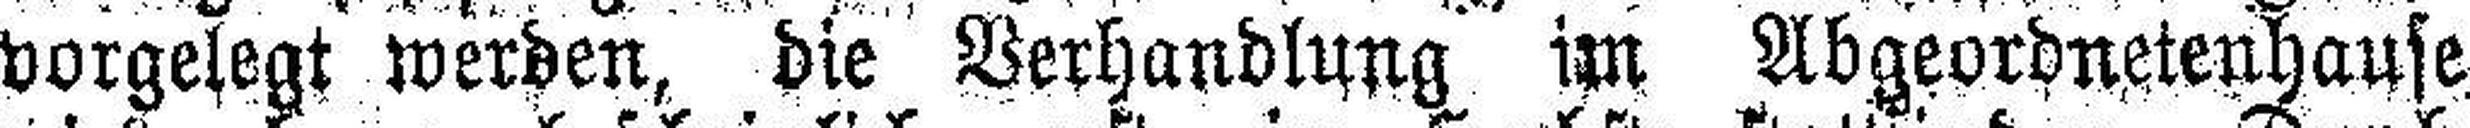
vorgelegt werden, die Verhandlung im Abgeordnetenhause